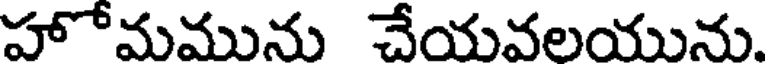
హోమమును చేయవలయును.